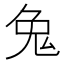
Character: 𪞁